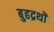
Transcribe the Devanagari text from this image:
बुहद्रथों